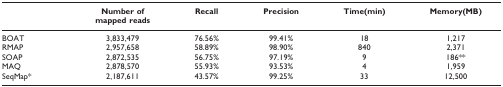
|  | Number of mapped reads | Recall | Precision | Time(min) | Memory(MB) |
 | --- | --- | --- | --- | --- | --- |
 | BOAT | 3,833,479 | 76.56% | 99.41% | 18 | 1,217 |
 | RMAP | 2,957,658 | 58.89% | 98.90% | 840 | 2,371 |
 | SOAP | 2,872,535 | 56.75% | 97.19% | 9 | 186** |
 | MAQ | 2,878,570 | 55.93% | 93.53% | 4 | 1,959 |
 | SeqMap* | 2,187,611 | 43.57% | 99.25% | 33 | 12,500 |